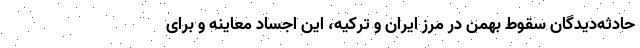
حادثه‌دیدگان سقوط بهمن در مرز ایران و ترکیه، این اجساد معاینه و برای